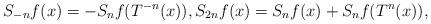
LaTeX: \begin{align*}S_{-n}f(x)=-S_{n}f(T^{-n}(x)), S_{2n}f(x)=S_{n}f(x)+S_nf(T^n(x)),\end{align*}